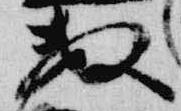
数